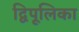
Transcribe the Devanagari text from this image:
द्विपूलिका